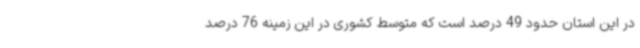
در این استان حدود 49 درصد است که متوسط کشوری در این زمینه 76 درصد